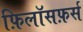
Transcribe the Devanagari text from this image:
फ़िलॉसफ़र्स